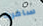
سافرت